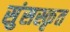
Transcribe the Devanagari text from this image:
सुंसस्कृत